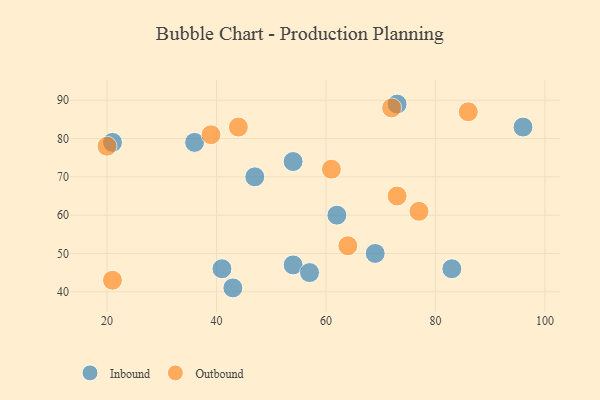
{"axis": {"x": "GDP", "y": "Life Expectancy"}, "legend": ["Inbound", "Outbound"], "data": [{"x": "54", "y": 74, "type": "Inbound"}, {"x": "21", "y": 79, "type": "Inbound"}, {"x": "54", "y": 47, "type": "Inbound"}, {"x": "43", "y": 41, "type": "Inbound"}, {"x": "41", "y": 46, "type": "Inbound"}, {"x": "73", "y": 89, "type": "Inbound"}, {"x": "47", "y": 70, "type": "Inbound"}, {"x": "96", "y": 83, "type": "Inbound"}, {"x": "62", "y": 60, "type": "Inbound"}, {"x": "36", "y": 79, "type": "Inbound"}, {"x": "83", "y": 46, "type": "Inbound"}, {"x": "57", "y": 45, "type": "Inbound"}, {"x": "69", "y": 50, "type": "Inbound"}, {"x": "61", "y": 72, "type": "Outbound"}, {"x": "39", "y": 81, "type": "Outbound"}, {"x": "20", "y": 78, "type": "Outbound"}, {"x": "77", "y": 61, "type": "Outbound"}, {"x": "21", "y": 43, "type": "Outbound"}, {"x": "64", "y": 52, "type": "Outbound"}, {"x": "44", "y": 83, "type": "Outbound"}, {"x": "73", "y": 65, "type": "Outbound"}, {"x": "72", "y": 88, "type": "Outbound"}, {"x": "86", "y": 87, "type": "Outbound"}]}